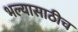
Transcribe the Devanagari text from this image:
भल्यासाठीच